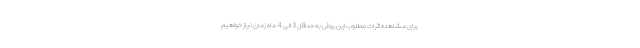
برای مشاهده اثرات مطلوب این روش به حداقل 3 الی 4 ماه زمان نیاز خواهیم